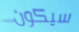
سيكون